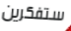
ستفكرين